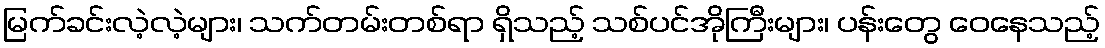
မြက်ခင်းလဲ့လဲ့များ၊ သက်တမ်းတစ်ရာ ရှိသည့် သစ်ပင်အိုကြီးများ၊ ပန်းတွေ ဝေနေသည့်